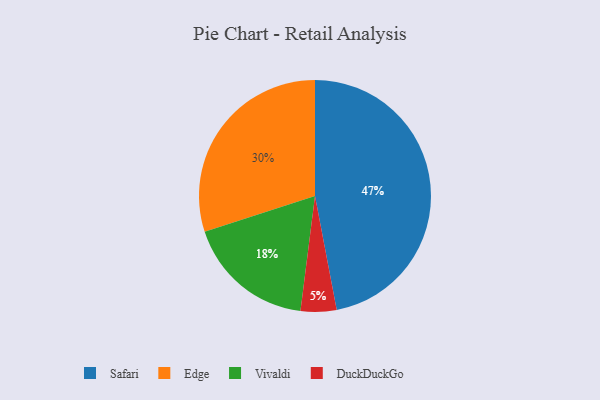
{"axis": {"x": "Category", "y": "Percentage"}, "legend": ["DuckDuckGo", "Edge", "Safari", "Vivaldi"], "data": [{"x": "Edge", "y": 30, "type": "Edge"}, {"x": "Safari", "y": 47, "type": "Safari"}, {"x": "DuckDuckGo", "y": 5, "type": "DuckDuckGo"}, {"x": "Vivaldi", "y": 18, "type": "Vivaldi"}]}